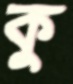
কু